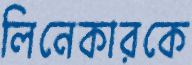
লিনেকারকে